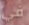
في